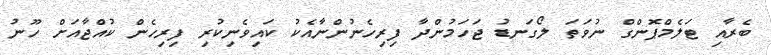
ބެރާއި ޓަލެމްޕޮންގް ނުވަތަ ލޯގަނޑު ޖަހަމުންދާ ފިރިހެނުންނާއެކު ކައިވެނިކުރި ފިރިހެން ކުއްޖާއަށް ހޫނު